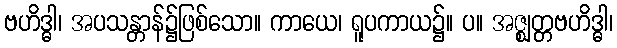
ဗဟိဒ္ဓါ၊ အပသန္တာန်၌ဖြစ်သော။ ကာယေ၊ ရူပကာယ၌။ ပ။ အဇ္ဈတ္တဗဟိဒ္ဓါ၊